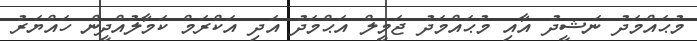
މުޙައްމަދު ނަޝީދު އާއި މުޙައްމަދު ޖަމީލް އަޙްމަދު އަދި އަކްރަމް ކަމާލުއްދީން ހައްޔަރު